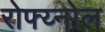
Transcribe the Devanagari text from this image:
रोफ्य्नोल